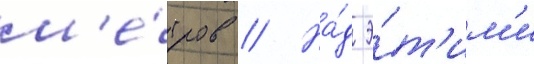
м'е́тров // На́д э́т'им'и